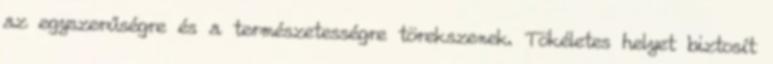
az egyszerűségre és a természetességre törekszenek. Tökéletes helyet biztosít